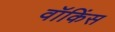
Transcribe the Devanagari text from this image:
वॉकिंस